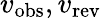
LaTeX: v_{\mathrm{obs}},v_{\mathrm{rev}}